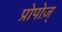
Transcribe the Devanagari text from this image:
प्रोपोज़्